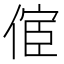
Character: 𠋪